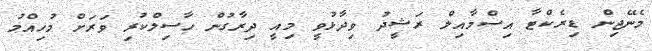
މެނޭޖިން ޑިރެކްޓާ އިސްމާއިލް ރަޝީދު ވިދާޅުވީ މިއީ ދިރާގުން ހާސިލްކުރި ވަރަށް މުހިއްމު